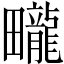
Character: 𤳽